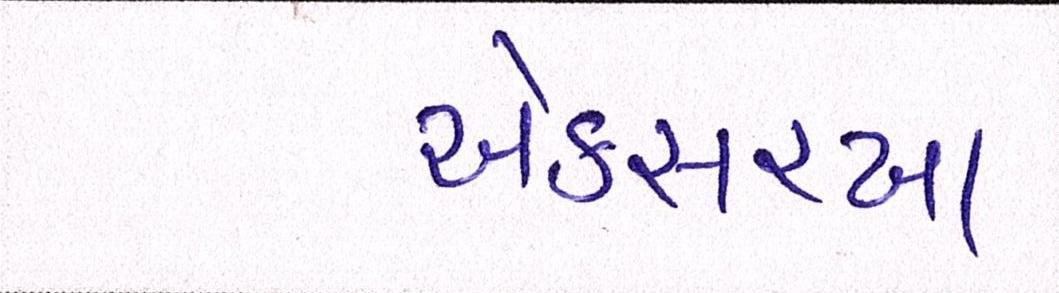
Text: એકસરખા